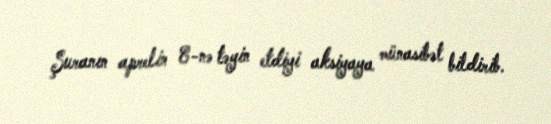
Şuranın aprelin 8-nə təyin etdiyi aksiyaya münasibət bildirib.